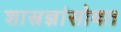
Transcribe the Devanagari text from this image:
शास्त्रज्ञांसोबत